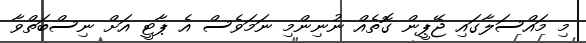
މި މައްސަލާގައި ޖޭޕީން ގޮތެއް ނުނިންމި ނަމަވެސް އެ ޕާޓީ އަށް ނިސްބަތްވާ